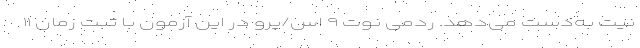
نیت به‌دست می‌‌دهد. ردمی نوت ۹ اس/پرو در این آزمون با ثبت ‌زمان ۱۱